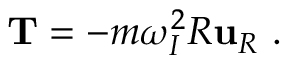
\mathbf { T } = - m \omega _ { I } ^ { 2 } R \mathbf { u } _ { R } \ .